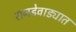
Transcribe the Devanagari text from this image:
रानडेवाड्यात